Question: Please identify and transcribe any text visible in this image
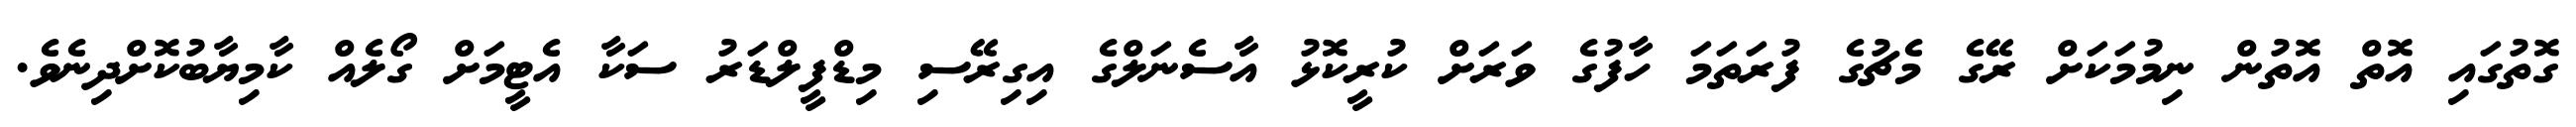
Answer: ގޮތުގައި އޮތް އޮތުން ނިމުމަކަށް ރޭގެ މެޗުގެ ފުރަތަމަ ހާފުގެ ވަރަށް ކުރީކޮޅު އާސެނަލްގެ އިގިރޭސި މިޑްފީލްޑަރު ސަކާ އެޓީމަށް ގޯލެއް ކާމިޔާބުކޮށްދިނެވެ.